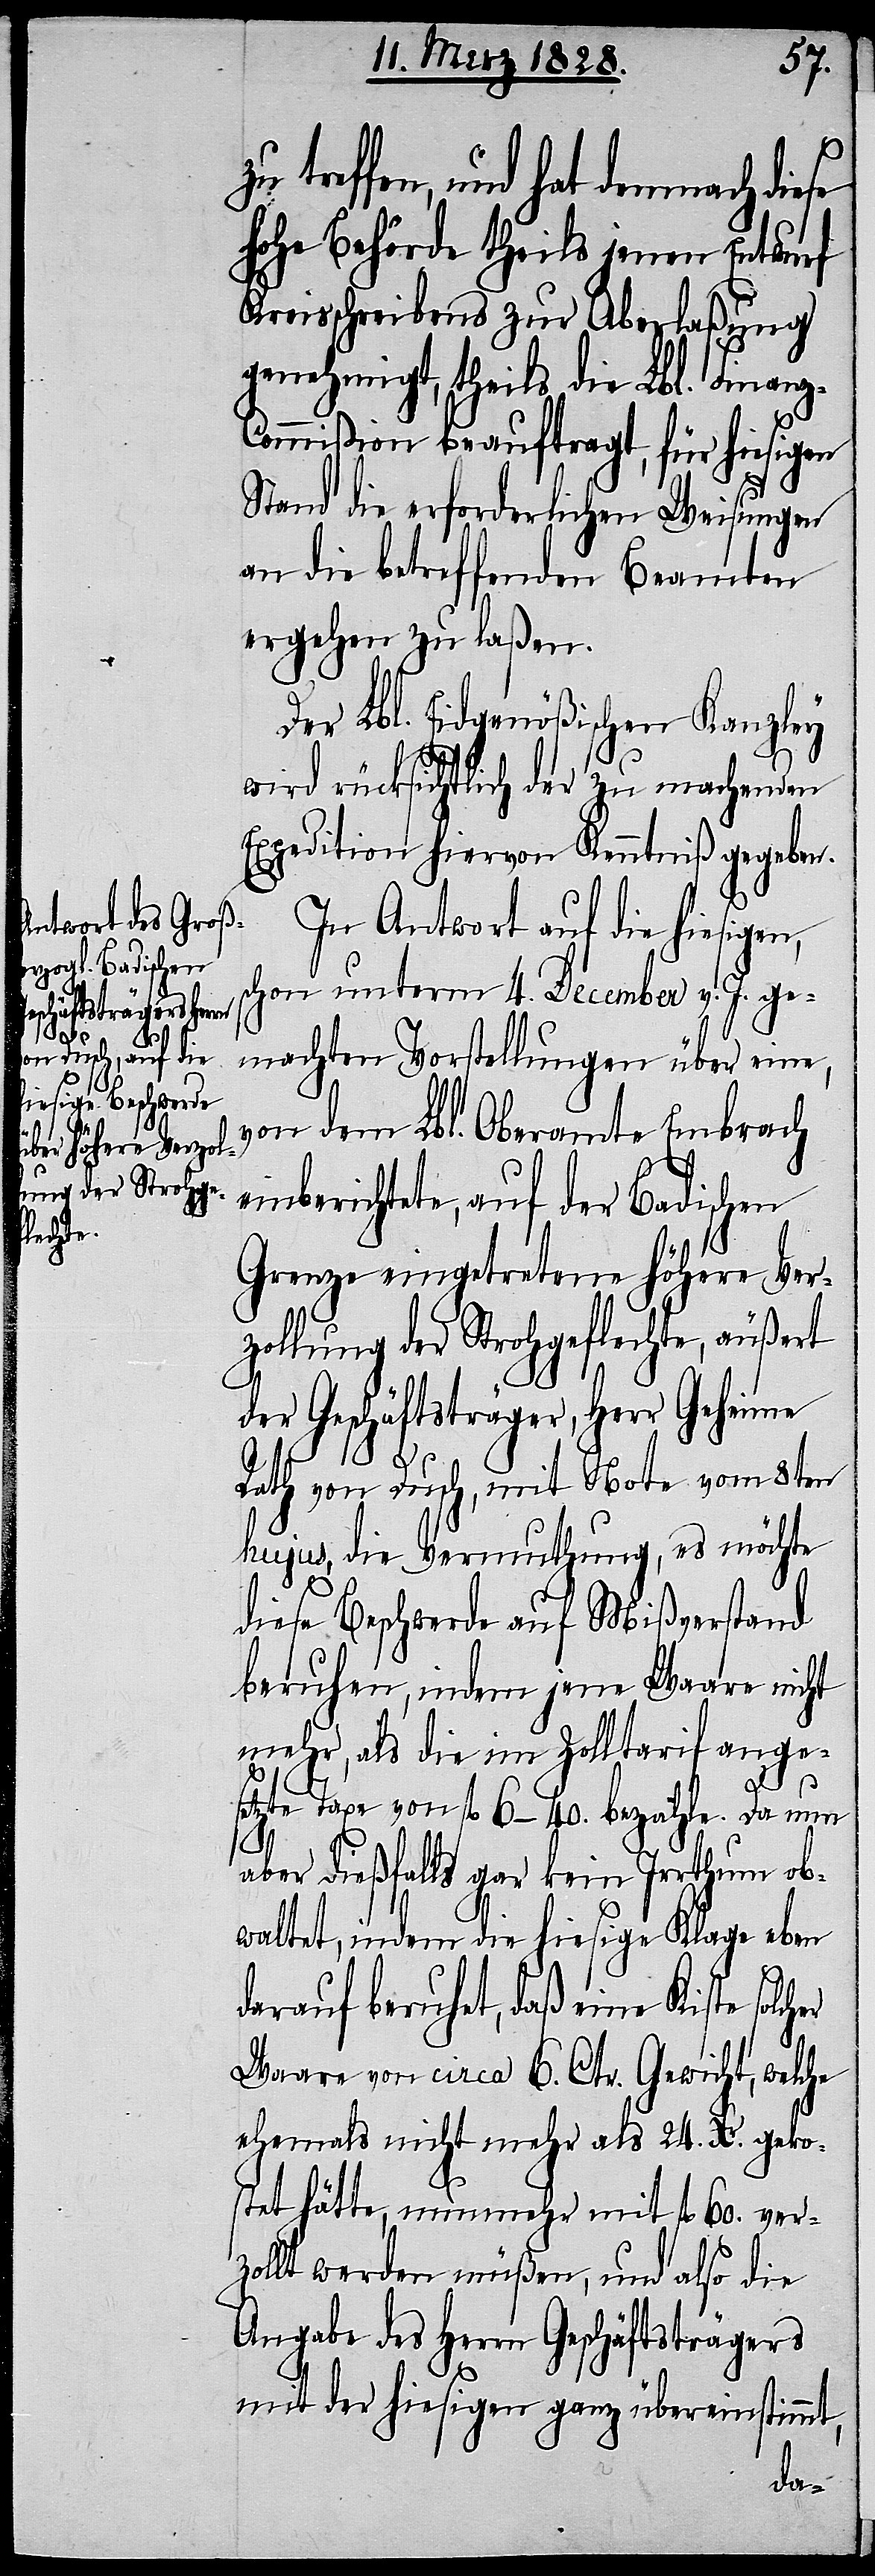
treffen, und hat demnach diese
hohe Behörde theils jenen Entwurf
Kreisschreibens zur Aberlaßung
genehmigt, theils die Lbl. Finanz-C¬
ommißion beauftragt, für hiesigen
Stand die erforderlichen Weisungen
an die betreffenden Beamten
ergehen zu laßen.
Der Lbl. Eidgenößischen Kanzley
wird rücksichtlich der zu machenden
Expedition hiervon Kenntniß gegeben.
In Antwort auf die hiesigen,
schon unterm 4. December v. J. ge¬
machten Vorstellungen über eine,
von dem Lbl. Oberamte Embrach
einberichtete, auf der Badischen
Grenze eingetretene höhere Ver¬
zollung der Strohgeflechte, äußert
der Geschäftsträger, Herr Geheime
Rath von Dusch, mit Note vom 8ten
hujus, die Vermuthung, es möchte
diese Beschwerde auf Mißverstand
beruhen, indem jene Waare nicht
mehr, als die im Zolltarif ange¬
er
setzte Taxe von fl. 6–40. bezahle. Da nun
aber dießfalls gar kein Irrthum ob¬
waltet, indem die hiesige Klage eben
darauf beruhet, daß eine Kiste solch¬
Waare von circa 6. Ctr. Gewicht, welche
ehemals nicht mehr als 24. Xr. geko¬
stet hätte, nunmehr mit fl. 60. ver¬
zollt werden müßen, und also die
Angabe des Herrn Geschäftsträgers
mit der hiesigen ganz übereinstimmt,